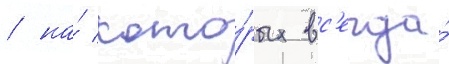
/ на́ кото́рых вс'егда́